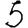
Digit: 5